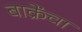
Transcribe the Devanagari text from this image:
बाक्रेंचा